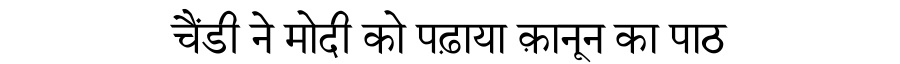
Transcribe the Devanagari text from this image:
चैंडी ने मोदी को पढ़ाया क़ानून का पाठ